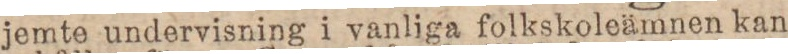
jemte undervisning i vanliga folkskoleämnen kan